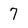
Character: 7